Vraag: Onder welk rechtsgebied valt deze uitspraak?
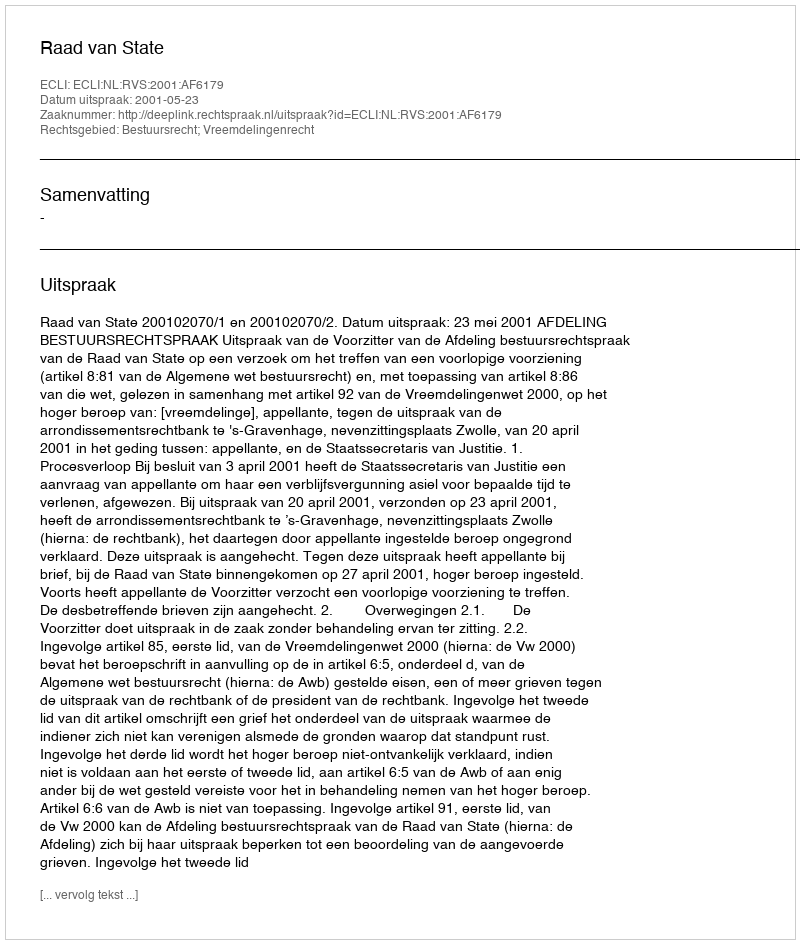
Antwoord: Bestuursrecht; Vreemdelingenrecht